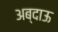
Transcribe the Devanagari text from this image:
अब्दाऊ